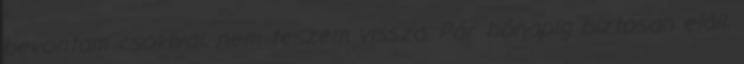
bevontam csokival, nem teszem vissza. Pár hónapig biztosan eláll.